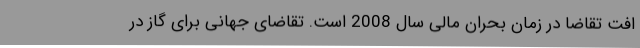
افت تقاضا در زمان بحران مالی سال 2008 است. تقاضای جهانی برای گاز در